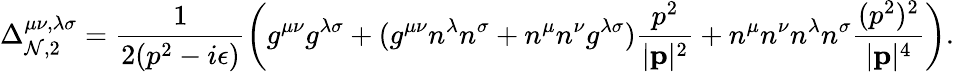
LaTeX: \Delta_{\mathcal{N},2}^{\mu\nu,\lambda\sigma}=\frac{{1}}{{2(p^{2}-i\epsilon)}}\left(g^{\mu\nu}g^{\lambda\sigma}+(g^{\mu\nu}n^{\lambda}n^{\sigma}+n^{\mu}n^{\nu}g^{\lambda\sigma})\frac{{p^{2}}}{{|{\mathbf{p}}|^{2}}}+n^{\mu}n^{\nu}n^{\lambda}n^{\sigma}\frac{{(p^{2})^{2}}}{{|{\mathbf{p}}|^{4}}}\right).